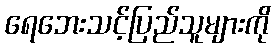
ရေဘေးသင့်ပြည်သူများကို